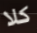
كلا